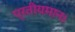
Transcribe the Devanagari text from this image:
प्रतीयमान।